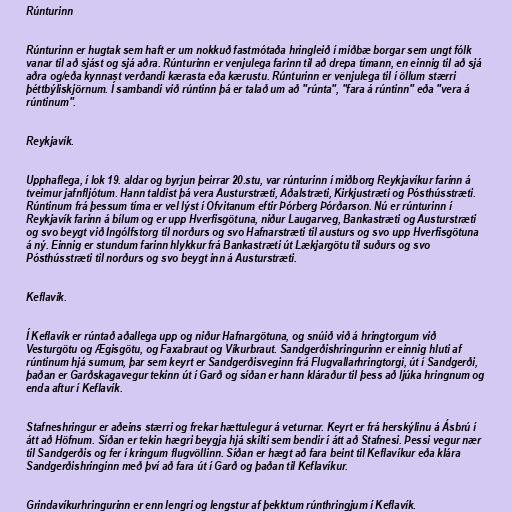
Rúnturinn

Rúnturinn er hugtak sem haft er um nokkuð fastmótaða hringleið í miðbæ borgar sem ungt fólk
vanar til að sjást og sjá aðra. Rúnturinn er venjulega farinn til að drepa tímann, en einnig til að sjá
aðra og/eða kynnast verðandi kærasta eða kærustu. Rúnturinn er venjulega til í öllum stærri
þéttbýliskjörnum. Í sambandi við rúntinn þá er talað um að "rúnta", "fara á rúntinn" eða "vera á
rúntinum".

Reykjavík.

Upphaflega, í lok 19. aldar og byrjun þeirrar 20.stu, var rúnturinn í miðborg Reykjavíkur farinn á
tveimur jafnfljótum. Hann taldist þá vera Austurstræti, Aðalstræti, Kirkjustræti og Pósthússtræti.
Rúntinum frá þessum tíma er vel lýst í Ofvitanum eftir Þórberg Þórðarson. Nú er rúnturinn í
Reykjavík farinn á bílum og er upp Hverfisgötuna, niður Laugarveg, Bankastræti og Austurstræti
og svo beygt við Ingólfstorg til norðurs og svo Hafnarstræti til austurs og svo upp Hverfisgötuna
á ný. Einnig er stundum farinn hlykkur frá Bankastræti út Lækjargötu til suðurs og svo
Pósthússtræti til norðurs og svo beygt inn á Austurstræti.

Keflavík.

Í Keflavík er rúntað aðallega upp og niður Hafnargötuna, og snúið við á hringtorgum við
Vesturgötu og Ægisgötu, og Faxabraut og Víkurbraut. Sandgerðishringurinn er einnig hluti af
rúntinum hjá sumum, þar sem keyrt er Sandgerðisveginn frá Flugvallarhringtorgi, út í Sandgerði,
þaðan er Garðskagavegur tekinn út í Garð og síðan er hann kláraður til þess að ljúka hringnum og
enda aftur í Keflavík.

Stafneshringur er aðeins stærri og frekar hættulegur á veturnar. Keyrt er frá herskýlinu á Ásbrú í
átt að Höfnum. Síðan er tekin hægri beygja hjá skilti sem bendir í átt að Stafnesi. Þessi vegur nær
til Sandgerðis og fer í kringum flugvöllinn. Síðan er hægt að fara beint til Keflavíkur eða klára
Sandgerðishringinn með því að fara út í Garð og þaðan til Keflavíkur.

Grindavíkurhringurinn er enn lengri og lengstur af þekktum rúnthringjum í Keflavík.